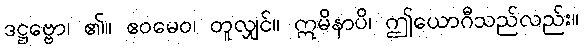
ဒဋ္ဌဗ္ဗော၊ ၏။ ဧဝမေဝ၊ တူလျှင်။ ဣမိနာပိ၊ ဤယောဂီသည်လည်း။